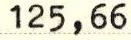
125,66